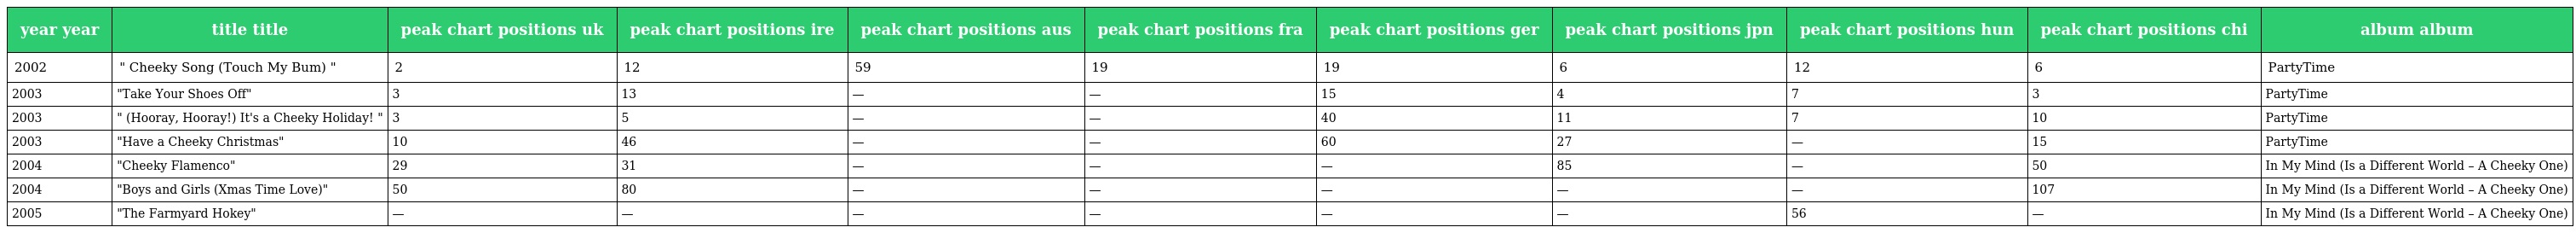
| year year | title title | peak chart positions uk | peak chart positions ire | peak chart positions aus | peak chart positions fra | peak chart positions ger | peak chart positions jpn | peak chart positions hun | peak chart positions chi | album album |
 | --- | --- | --- | --- | --- | --- | --- | --- | --- | --- | --- |
 | 2002 | " Cheeky Song (Touch My Bum) " | 2 | 12 | 59 | 19 | 19 | 6 | 12 | 6 | PartyTime |
 | 2003 | "Take Your Shoes Off" | 3 | 13 | — | — | 15 | 4 | 7 | 3 | PartyTime |
 | 2003 | " (Hooray, Hooray!) It's a Cheeky Holiday! " | 3 | 5 | — | — | 40 | 11 | 7 | 10 | PartyTime |
 | 2003 | "Have a Cheeky Christmas" | 10 | 46 | — | — | 60 | 27 | — | 15 | PartyTime |
 | 2004 | "Cheeky Flamenco" | 29 | 31 | — | — | — | 85 | — | 50 | In My Mind (Is a Different World – A Cheeky One) |
 | 2004 | "Boys and Girls (Xmas Time Love)" | 50 | 80 | — | — | — | — | — | 107 | In My Mind (Is a Different World – A Cheeky One) |
 | 2005 | "The Farmyard Hokey" | — | — | — | — | — | — | 56 | — | In My Mind (Is a Different World – A Cheeky One) |